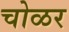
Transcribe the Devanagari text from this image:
चोळर